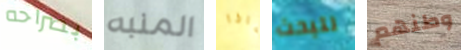
بصراحه المنبه ماذا لتبحث وطنهم